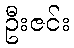
ဦးဇင်း